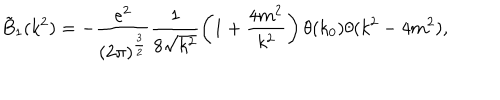
LaTeX: \tilde { B } _ { 1 } ( k ^ { 2 } ) = - \frac { e ^ { 2 } } { ( 2 \pi ) ^ { \frac { 3 } { 2 } } } \frac { 1 } { 8 \sqrt { k ^ { 2 } } } \left( 1 + \frac { 4 m ^ { 2 } } { k ^ { 2 } } \right) \theta ( k _ { 0 } ) \theta ( k ^ { 2 } - 4 m ^ { 2 } ) ,